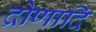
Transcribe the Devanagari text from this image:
द्रोणादि